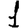
Digit: 1